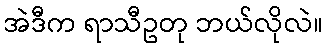
အဲဒီက ရာသီဥတု ဘယ်လိုလဲ။